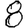
Digit: 8